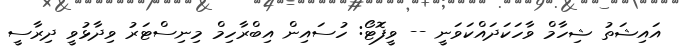
އައިޝަތު ޝިހާމް ވާހަކަދައްކަވަނީ -- ވީފޮޓޯ: ހުސައިން އިބްރާހިމް މިނިސްޓަރު ވިދާޅުވީ ދިރާސީ